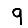
Digit: 9